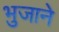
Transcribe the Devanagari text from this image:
भुजाने